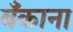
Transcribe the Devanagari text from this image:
बॅंकाना